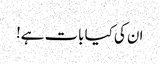
ان کی کیا بات ہے!